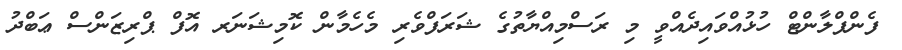
ފެންޕްލާންޓް ހުޅުއްވައިދެއްވީ މި ރަސްމިއްޔާތުގެ ޝަރަފްވެރި މެހެމާން ކޮމިޝަނަރ އޮފް ޕްރިޒަންސް ޢަބްދު